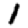
Digit: 1